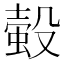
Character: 𧎅